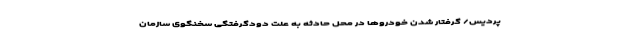
پردیس/ گرفتار شدن خودروها در محل حادثه به علت دودگرفتگی سخنگوی سازمان